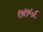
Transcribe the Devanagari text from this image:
७७५६